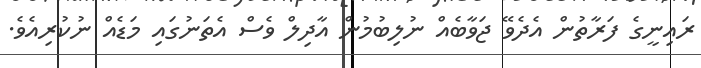
ރައިނީގެ ފަރާތުން އެދެވޭ ޖަވާބެއް ނުލިބުމުން އާދިލް ވެސް އެތަނުގައި މަޑެއް ނުކުރިއެވެ.